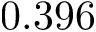
0 . 3 9 6